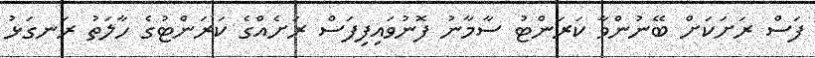
ފަސް ރަށަކަށް ބޭނުންވާ ކަރަންޓު ސާމާނު ފޮނުވައިފިފަސް ރަށެއްގެ ކަރަންޓުގެ ހާލަތު ރަނގަޅު